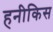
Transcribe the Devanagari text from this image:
हनीकिस